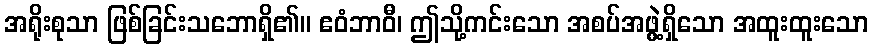
အရိုးစုသာ ဖြစ်ခြင်းသဘောရှိ၏။ ဧဝံဘာဝီ၊ ဤသို့ကင်းသော အစပ်အဖွဲ့ရှိသော အထူးထူးသော